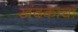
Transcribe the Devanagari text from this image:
खंदकाचा